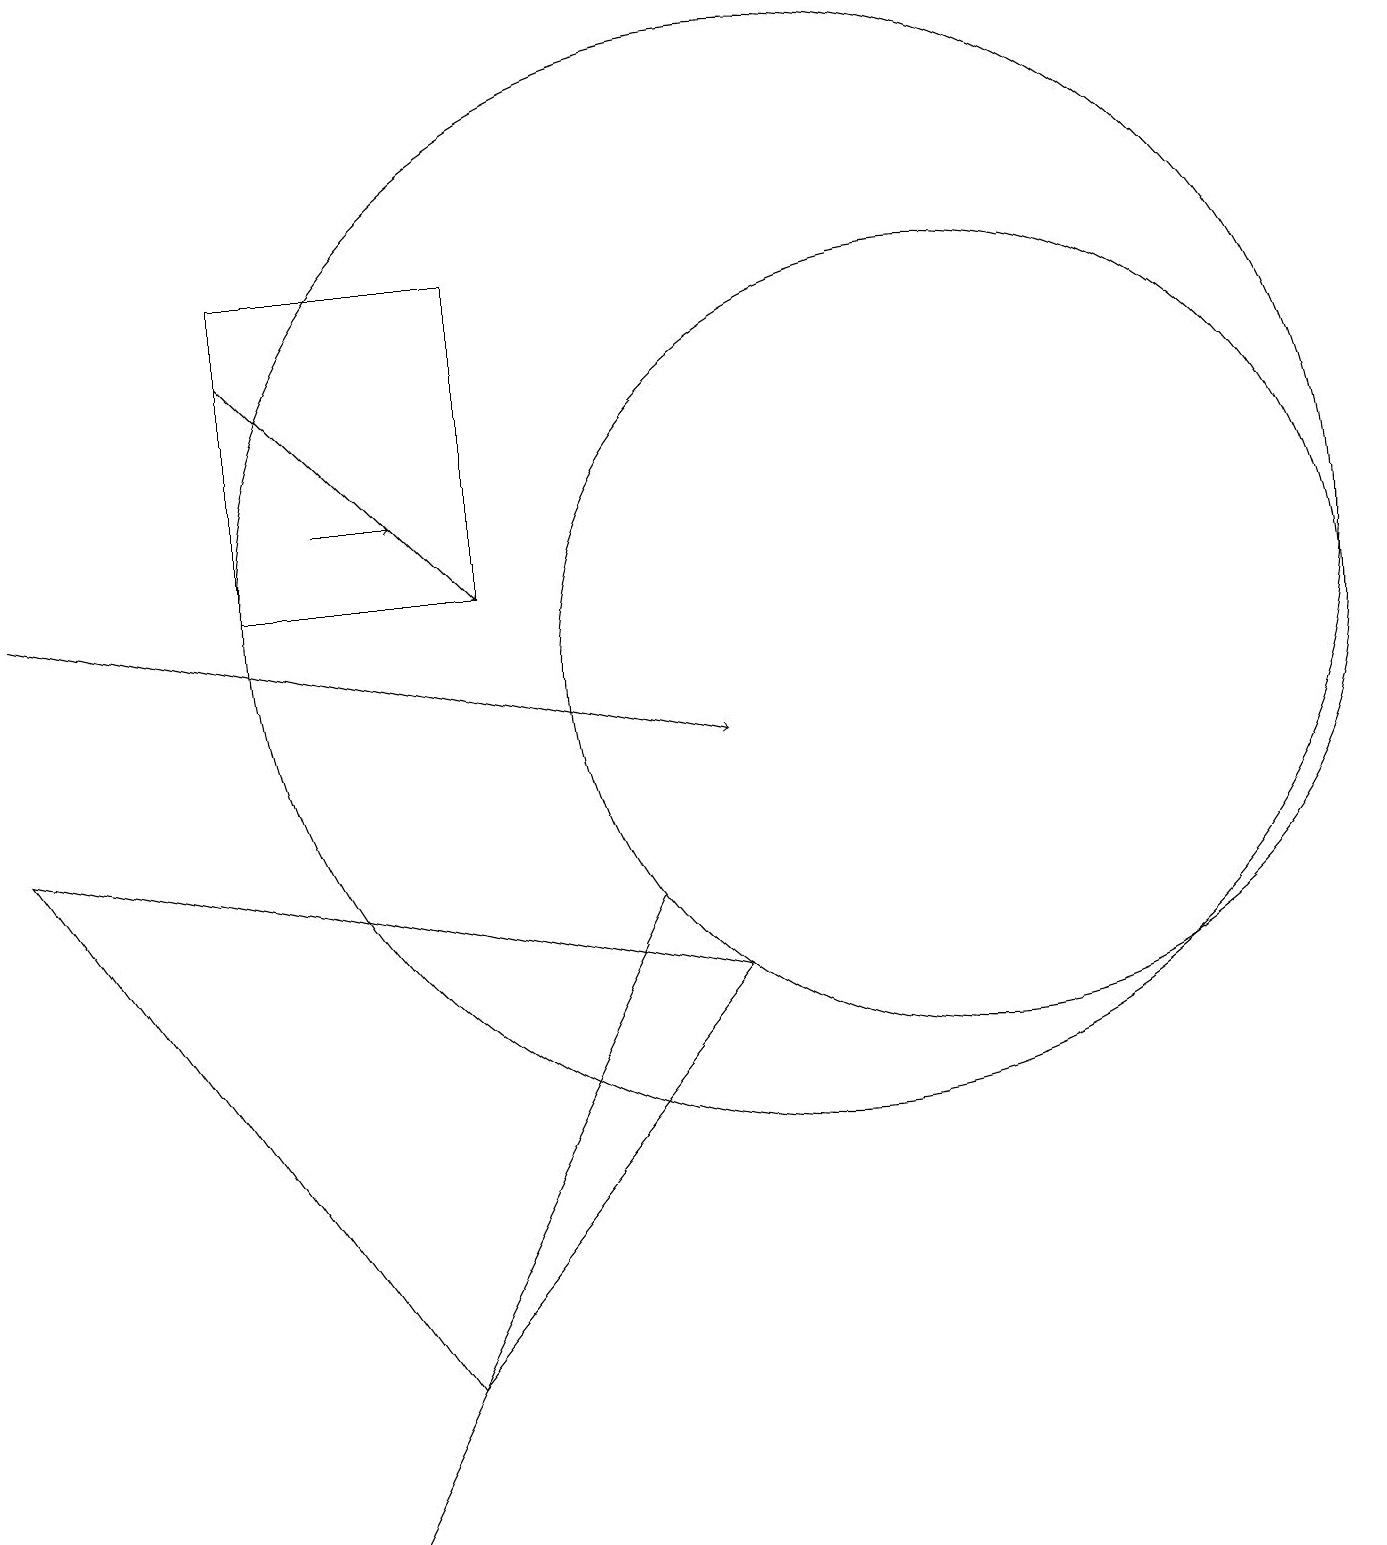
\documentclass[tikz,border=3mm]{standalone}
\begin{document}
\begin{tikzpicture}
\draw (12,11) circle (5);
\draw[->] (4,13) -- (5,13);
\draw[->] (0,12) -- (9,10);
\draw (4,0) -- (8,8) -- (7,6) -- cycle;
\draw (10,12) circle (7);
\draw (3,12) rectangle (6,16);
\draw (9,7) -- (0,9) -- (5,2) -- cycle;
\draw[->] (3,15) -- (6,12);
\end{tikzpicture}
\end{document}